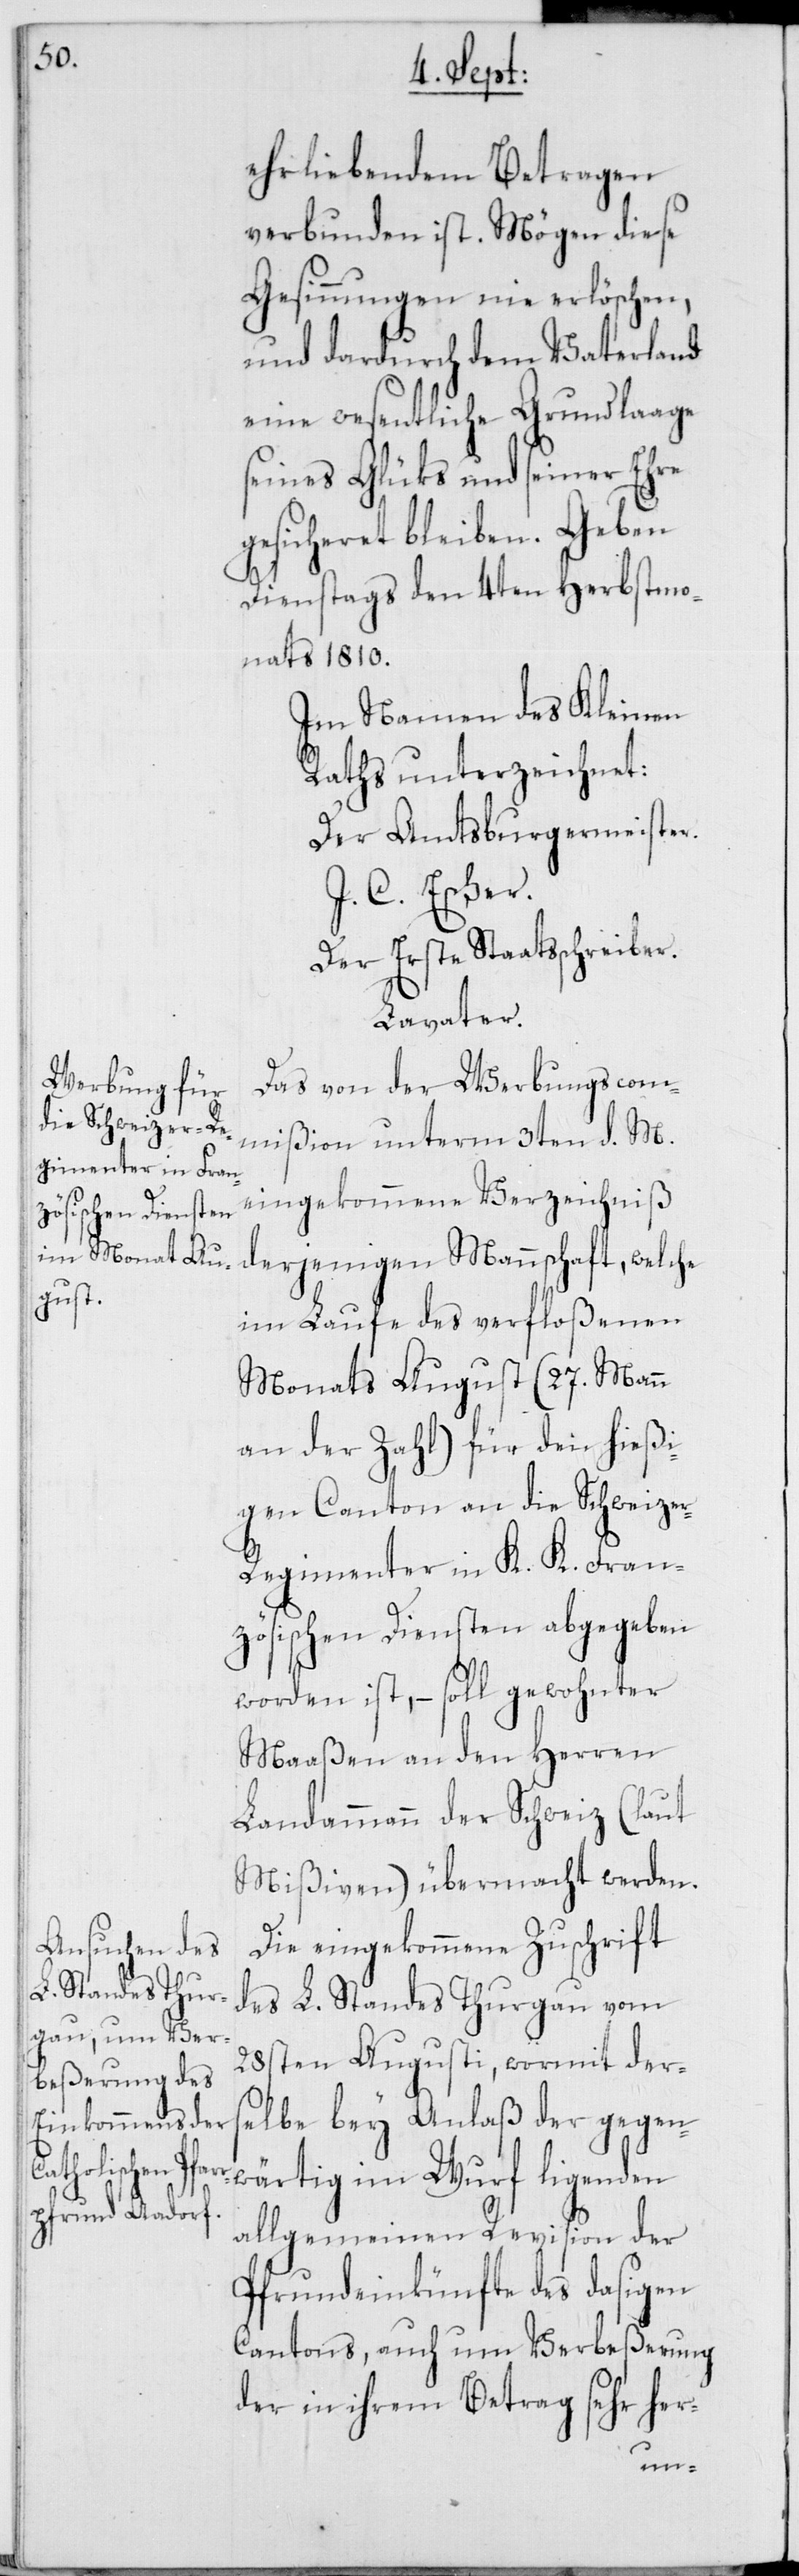
ehrliebendem Betragen
verbunden ist. Mögen diese
Gesinnungen nie erlöschen,
und dardurch dem Vaterland
eine wesentliche Grundlaage
seines Glüks und seiner Ehre
gesicheret bleiben.
Dienstags den 4ten Herbstmo¬
nats 1810.
Im Namen des Kleinen
Raths unterzeichnet:
Der Amtsburgermeister.
J. C. Escher;
Der Erste Staatsschreiber.
Lavater.
Das von der Werbungscom¬
mißion unterm 3ten d. M.
eingekommene Verzeichniß
derjenigen Mannschaft, welche
im Laufe des verfloßenen
Monats August (27. Mann
an der Zahl) für den hießi¬
gen Canton an die Schweize¬
r-Regimenter in K. K. Fran¬
zösischen Diensten abgegeben
worden ist, – soll gewohnter
Maaßen an den Herren
Landammann der Schweiz (laut
Mißiven) übermacht werden.
Die eingekommene Zuschrift
des L. Standes Thurgau vom
28sten Augusti, wormit der¬
selbe bey Anlaß der gegen¬
wärtig im Wurf ligenden
allgemeinen Revision der
Pfrundeinkünfte des dasigen
Cantons, auch um Verbeßerung
der in ihrem Betrag sehr her-